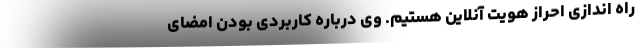
راه اندازی احراز هویت آنلاین هستیم. وی درباره کاربردی بودن امضای